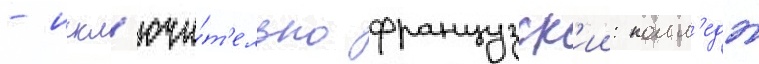
- искл'ючи́т'ельно французск'ии: колл'едж